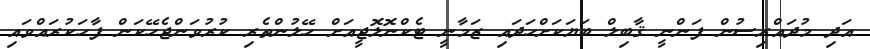
އަދި މުދައްރިސުން ފަންނީ ޤާބިލް ބަޔަކަށްހަދައި ޒަމާނީ ޓެކްނޮލޮޖީއަށް ހޭލުންތެރި ކުރުވަންޖެހޭކަން ފާހަކުރައްވައި